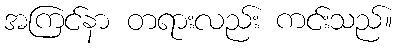
အကြင်နာ တရားလည်း ကင်းသည်။